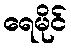
ရေမိုင်